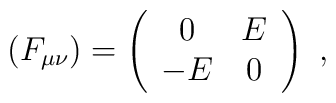
(F_{\mu\nu})=\left(\begin{array}{cc}0&E\\-E&0\end{array}\right)\ ,